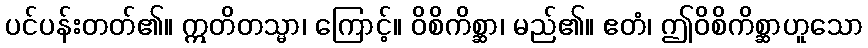
ပင်ပန်းတတ်၏။ ဣတိတသ္မာ၊ ကြောင့်။ ဝိစိကိစ္ဆာ၊ မည်၏။ ဧတံ၊ ဤဝိစိကိစ္ဆာဟူသော